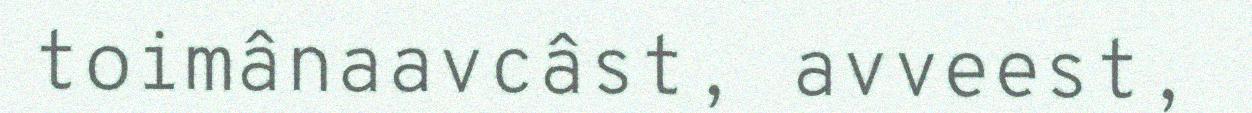
toimânaavcâst, avveest,